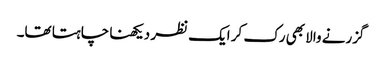
گزرنے والا بھی رک کر ایک نظر دیکھنا چاہتا تھا۔